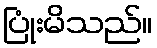
ပြုံးမိသည်။